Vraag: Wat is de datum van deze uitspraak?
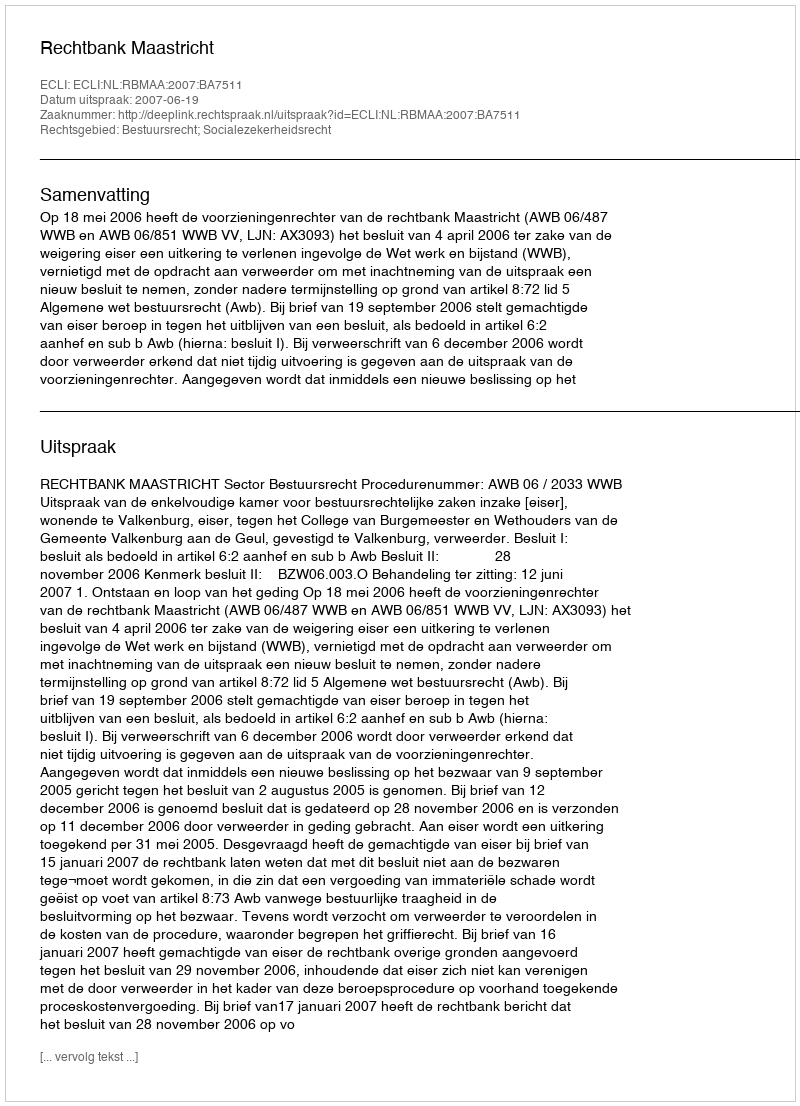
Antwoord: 2007-06-19